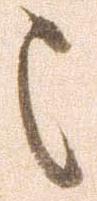
被